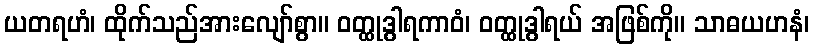
ယတရဟံ၊ ထိုက်သည်အားလျော်စွာ။ ဝတ္ထုဒွါရကာဝံ၊ ဝတ္ထုဒွါရယ် အဖြစ်ကို။ သာဓယဟနံ၊